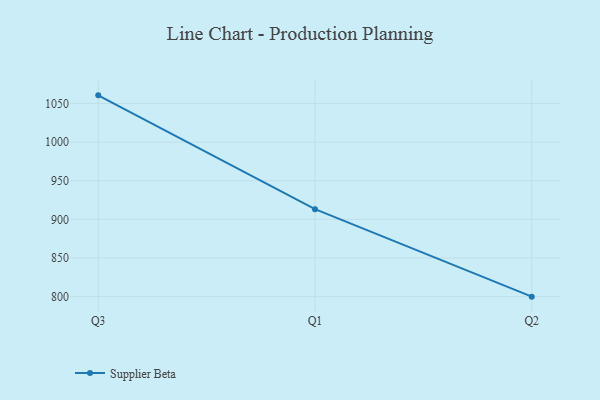
{"axis": {"x": "Quarter", "y": "Active Users"}, "legend": ["Supplier Beta"], "data": [{"x": "Q3", "y": 1060.6, "type": "Supplier Beta"}, {"x": "Q1", "y": 913.3, "type": "Supplier Beta"}, {"x": "Q2", "y": 800, "type": "Supplier Beta"}]}